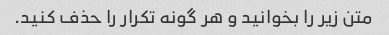
متن زیر را بخوانید و هر گونه تکرار را حذف کنید.